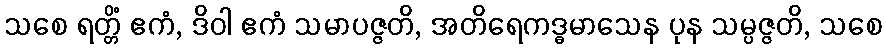
သစေ ရတ္တိံ ဧကံ, ဒိဝါ ဧကံ သမာပဇ္ဇတိ, အတိရေကဒ္ဓမာသေန ပုန သမ္ပဇ္ဇတိ, သစေ